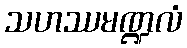
သဟဿမဏ္ဍလံ